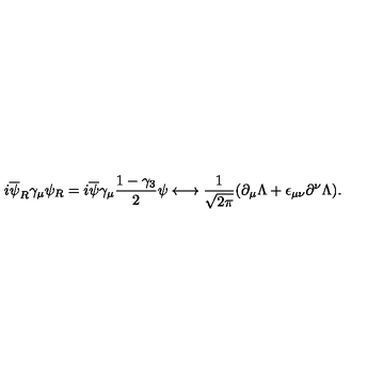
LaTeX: i \overline { { \psi } } _ { R } \gamma _ { \mu } \psi _ { R } = i \overline { { \psi } } \gamma _ { \mu } \frac { 1 - \gamma _ { 3 } } { 2 } \psi \longleftrightarrow \frac { 1 } { \sqrt { 2 \pi } } ( \partial _ { \mu } \Lambda + \epsilon _ { \mu \nu } \partial ^ { \nu } \Lambda ) .